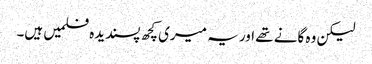
لیکن وہ گانے تھے اور یہ میری کچھ پسندیدہ فلمیں ہیں۔